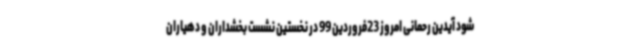
شود آیدین رحمانی امروز 23فروردین 99 در نخستین نشست بخشداران و دهیاران